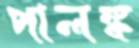
পালঙ্ক